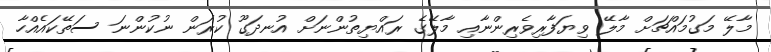
މާލޭ މަގުމައްޗަށް މާލޭ ވިޔަފާރިވެރިންނާއި މާލޭގެ ރައްޔިތުންނަށް އުނދަގޫ ކުރަން ނުކުންނަ ސަތޭކައެއްހާ